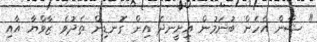
" ޝާން އެހެން ބުނަމުން އިށީނދެ އިން ގޮނޑިން ތެދުވެ ޒާވްޔާ އާއި